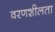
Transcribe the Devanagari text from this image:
वरणशीलता